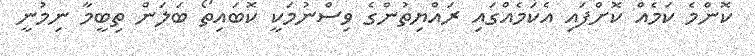
ކޮންމެ ކަމެއް ކޮށްފައި އެކަމެއްގައި ރައްޔިތުންގެ ވިސްނުމަކީ ކޮބައިތޯ ބަލަން ތިބީމާ ނިމުނީ